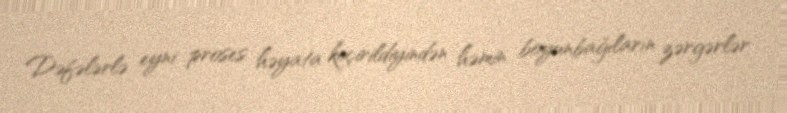
Dəfələrlə eyni proses həyata keçirildiyindən həmin boyunbağıların zərgərlər